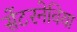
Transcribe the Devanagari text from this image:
सेंटरनेविया